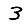
Digit: 3